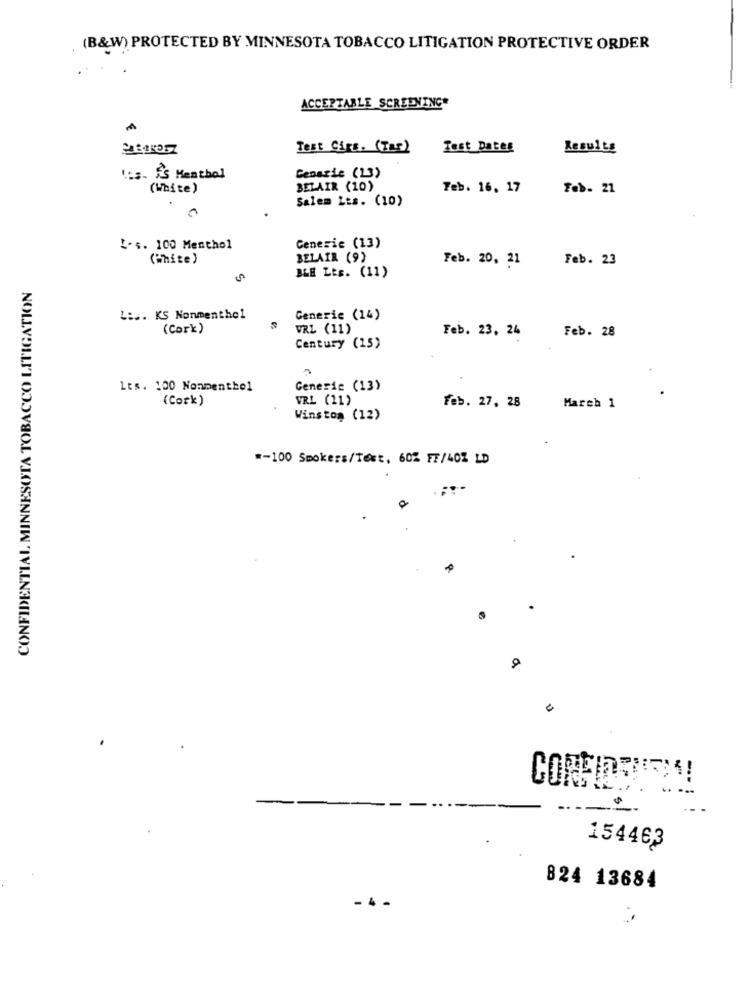
(B&W) PROTECTED BY MINNESOTA TOBACCO LITIGATION PROTECTIVE ORDER
ACCEPTABLE SCREENING*
M
Test Cirs. (Tas)
Test Dates
Results
I.s. f'S Menthol
Generic (13)
(White)
BELAIR (10)
Feb. 16. 17
Feb. 21
Salem Lts. (10)
I. s. 100 Menthol
Generic (13)
(White)
BELAIR (9)
Feb. 20, 21
Feb. 23
CONFIDENTIAL MINNESOTA TOBACCO LITIGATION
BLE LEs. (11)
L:s. KS Nonmenthol
Generic (14)
(Cork)
URL (11)
Feb. 23, 24
Feb. 28
Century (15)
Lts. 100 Nonmenthel
Generic (13)
(Cork)
VRL (11)
Feb. 27, 28
March 1
Winston (12)
#-100 Smokers/Text, 60% FF/40% LD
CORPIDRIE !!
154463
824 13684
-.-